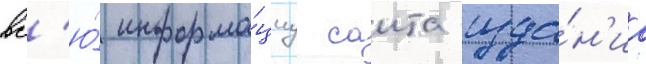
вс'ю́ информа́циу саита изда́н'иа